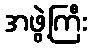
အဖွဲ့ကြီး